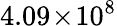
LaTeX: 4.09\! \times\! 10^{8}